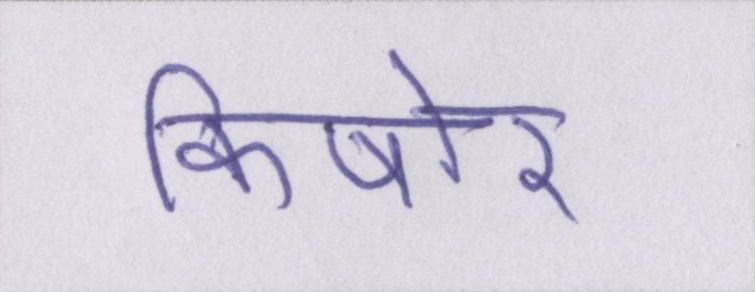
किषोर